Vaccination North-Western Provinces and Oudh 1878-1895 - 1878-1895
Year: 1878
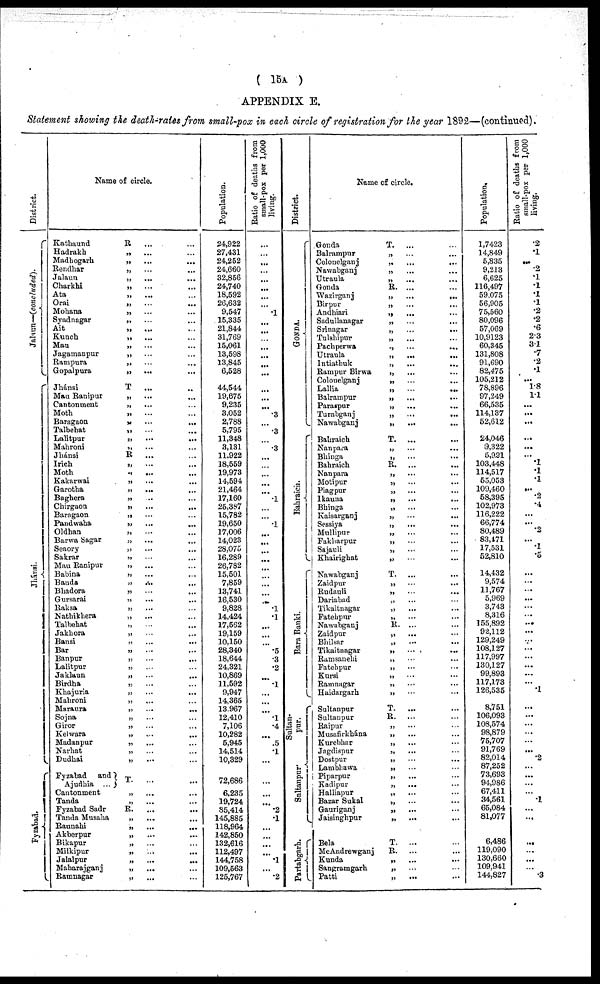
( 15A )
APPENDIX E.
Statement showing the death-rates from small-pox in each circle of registration for the year 1892—(continued).
District.
Jalaun—(concluded).
Jliánsi.
Fyzabad.
Name of circle.
Kathaund
Hadrakh
Madhogarh
Rendhar
Jalaun
Charkhi
Ata
Orai
Mohana
Syadnagar
Ait
Kunch
Mau
Jagamanpur
Rampura
Gopalpura
Jhánsi
Mau Ranipur
Cantonment
Moth
Baragaon
Talbehat
Lalitpur
Mahroni
Jhánsi
Irich
Moth
Kakarwai
Garotha
Baghera
Chirgaon
Baragaon
Pandwaha
Oldhan
Barwa Sagar
Seaory
Sakrar
Mau Ranipur
Babina
Banda
Bhadora
Gursarai
Raksa
Nathikhera
Talbehat
Jakhora
Bansi
Bar
Banpur
Lalitpur
Jaklaun
Birdha
Khajuria
Mahroni
Maraura
Sojna
Giror
Kelwara
Madanpur
Narhat
Dudhai
Fyzabad and
Ajudhia ...
Cantonment
Tanda
Fyzabad Sadr
Tanda Musaha
Raunahi
Akberpur
Bikapur
Milkipur
Jalalpur
Maharajganj
Ramnagar
R
... ...
„ ... ...
„ ... ...
„ ... ...
„ ... ...
„ ... ...
„ ... ...
„ ... ...
„ ... ...
„ ... ...
„ ... ...
„ ... ...
„ ... ...
„ ... ...
„ ... ...
„ ... ...
T ... ...
„ ... ...
„ ... ...
„ ... ...
„ ... ...
„ ... ...
„ ... ...
„ ... ...
R. ... ...
„ ... ...
„ ... ...
„ ... ...
„ ... ...
„ ... ...
„ ... ...
„ ... ...
„ ... ...
„ ... ...
„ ... ...
„ ... ...
„ ... ...
„ ... ...
„ ... ...
„ ... ...
„ ... ...
„ ... ...
„ ... ...
„ ... ...
„ ... ...
„ ... ...
„ ... ...
„ ... ...
„ ... ...
„ ... ...
„ ... ...
„ ... ...
„ ... ...
„ ... ...
„ ... ...
„ ... ...
„ ... ...
„ ... ...
„ ... ...
„ ... ...
„ ... ...
T.
... ...
„ ... ...
„ ... ...
R.
... ...
„ ... ...
„ ... ...
„ ... ...
„ ... ...
„ ... ...
„ ... ...
„ ... ...
„ ... ...
Population.
24,922
27,431
24,252
24,660
32,856
24,740
18,592
26,632
9,547
15,335
21,844
31,769
15,061
13,598
13,845
6,528
44,544
19,675
9,235
3,052
2,788
5,795
11,348
3,131
11.922
18,559
19,973
14,594
21,464
17,160
25,387
15,782
19,650
17,006
14,023
28,075
16,289
26,782
15,501
7,859
13,741
16,530
9,828
14,424
17,562
19,159
10,150
28,340
18,644
24,321
10,869
11,592
9,947
14,365
13.967
12,410
7,106
10,282
5,945
14,514
10,329
72,686
6,235
19,724
85,414
145,885
118,964
142,850
132,616
112,497
144,758
109,563
125,767
Ratio of deaths from
small-pox per 1,000
living.
...
...
...
...
...
...
...
...
.1
...
...
...
...
...
...
...
...
...
...
.3
...
.3
...
.3
...
...
...
...
...
.1
...
...
.1
...
...
...
...
...
...
...
...
...
.1
.1
...
...
... .5
.3
.2
...
.1
...
...
...
.1
.4
...
.5
.1
...
...
...
...
.2
.1
...
...
...
...
.1
...
.2
District.
GONDA.
Bahraich.
Bara Banki.
Sultan-
pur.
Snltanpur
Partabgarh.
Name of circle.
Gonda
Balrampur
Colonelganj
Nawabganj
Utraula
Gonda
Wazirganj
Birpur
Andhiari
Sadullanagar
Srinagar
Tulahipur
Pachperwa
Utraula
Intiathuk
Rampur Birwa
Colouelganj
Lallia
Balrampur
Paraspur
Turabganj
Nawabganj
Bahraich
Nanpara
Bhinga
Bahraich
Nanpara
Motipur
Piagpur
Ikauna
Bhinga
Kaisarganj
Sessiya
Mullipur
Fakharpur
Sajauli
Khairighat
Nawabganj
Zaidpur
Rudauli
Dariabad
Tikaitnagar
Fatehpur
Nawabganj
Zaidpur
Bhilsar
Tikaitnagar
Ramsanehi
Fatehpur
Kursi
Ramnagar
Haidargarh
Sultanpur
Sultanpur
Raipur
Musafirkhána
Kurebhar
Jagdispur
Dostpur
Lambhawa
Piparpur
Kadipur
Halliapur
Bazar Sukal
Gauriganj
Jaisinghpur
Bela
McAndrewganj
Kunda
Sangramgarh
Patti
T. ... ...
„ ... ...
„ ... ...
„ ... ...
„ ... ...
R. ... ...
„ ... ...
„ ... ...
„ ... ...
„ ... ...
„ ... ...
„ ... ...
„ ... ...
„ ... ...
„ ... ...
„ ... ...
„ ... ...
„ ... ...
„ ... ...
„ ... ...
„ ... ...
„ ... ...
T. ... ...
„ ...
...
„ ...
...
R. ... ...
„ ...
...
„ ... ...
„ ... ...
„ ... ...
„ ... ...
„ ... ...
„ ... ...
„ ... ...
„ ... ...
„ ... ...
„ ... ...
„ ... ...
T. ... ...
„ ... ...
„ ... ...
„ ... ...
„ ... ...
„ ... ...
R. ... ...
„ ... ...
„ ... ...
„ ... ...
„ ... ...
„ ... ...
„ ... ...
„ ... ...
„ ... ...
T.
... ...
R.
... ...
„ ... ...
„ ... ...
„ ... ...
„ ... ...
„ ... ...
„ ... ...
„ ... ...
„ ... ...
„ ... ...
„ ... ...
„ ... ...
„ ... ...
T. ... ...
R.
... ...
„ ... ...
„ ... ...
„ ... ...
Population,
1,7423
14,849
5,835
9,213
6,625
116,497
59,075
56,905
75,560
80,096
57,069
10,9123
60,345
131,808
91,690
82,475
105,212
78,896
97,249
66,535
114,137
52,612
24,046
9,322
5,921
103,448
114,517
65,053
109,460
58,395
102,973
116,222
66,774
80,489
83,171
17,531
52,810
14,432
9,574
11,767
5,969
3,743
8,316
155,892
92,112
129,249
108,127
117,997
130,127
99,893
117,173
126,535
8,751
106,093
108,574
98,879
75,707
91,769
82,014
87,252
73,693
94,986
67,411
34,561
65,084
81,077
6,486
119,090
130,660
109,941
144,827
Ratio of deaths from
small-pox per 1,000
living.
.2
.1
...
.2
.1
.1
.1
.1
.2
.2
.6
2.3
3.1
.7
.2
.1
... 1.8
1.1
...
...
...
...
...
... .1
.1
.1
...
.2
.4
...
... .2
... .1
.5
...
...
...
...
...
...
...
...
...
...
...
...
...
...
.1
...
...
...
...
...
...
.2
...
...
...
.1
...
...
...
...
...
...
.3